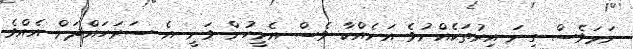
ނަމަވެސް ގިނަ އިރުތަކެއްނުވެ އަނެއްކާ ވެސް އެމީހުން ވަނީ އެ ސަރަހައްދަށް އެއްވެ